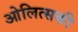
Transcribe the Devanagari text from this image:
ओलित्सकी